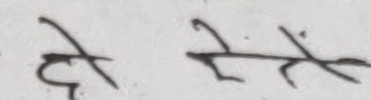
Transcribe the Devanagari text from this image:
दे